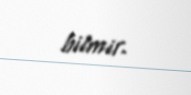
bilmir.